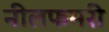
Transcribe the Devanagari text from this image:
नीलफमरी